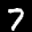
Label: 7